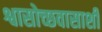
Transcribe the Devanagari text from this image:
श्वासोच्छवासाशी